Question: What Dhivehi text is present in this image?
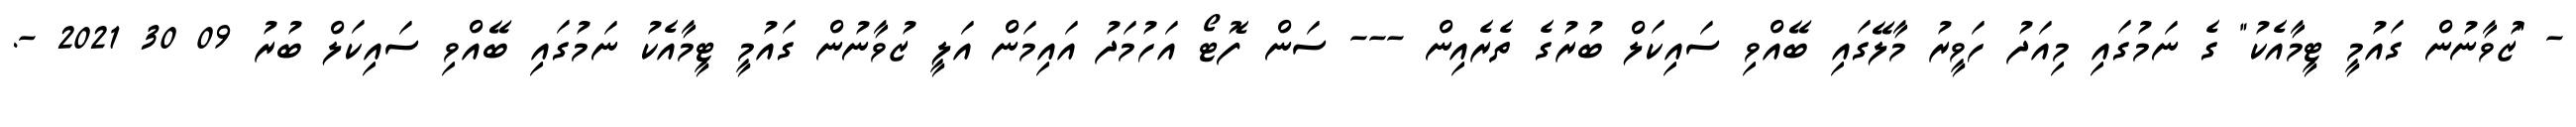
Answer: - "ޒުވާނުން ގައުމީ ޓީމާއެކު" ގެ ނަމުގައި މިއަދު ހަވީރު މާލޭގައި ބޭއްވި ސައިކަލް ބުރުގެ ތެރެއިން --- ސަން ފޮޓޯ އަހުމަދު އައިމަން އަލީ ޒުވާނުން ގައުމީ ޓީމާއެކު ނަމުގައި ބޭއްވި ސައިކަލް ބުރު 09 30 2021 -.